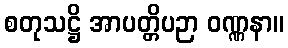
စတုသဋ္ဌိ အာပတ္တိပဉာ ဝဏ္ဏနာ။